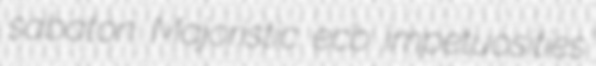
sabaton Majoristic ecb impetuosities